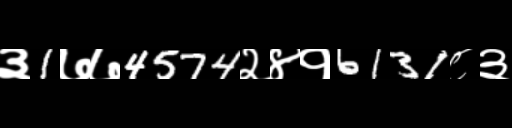
Text: ३1७७4574२४१6131८३